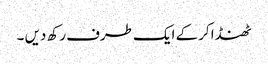
ٹھنڈا کرکے ایک طرف رکھ دیں ۔